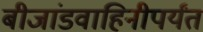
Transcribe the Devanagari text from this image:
बीजांडवाहिनीपर्यंत